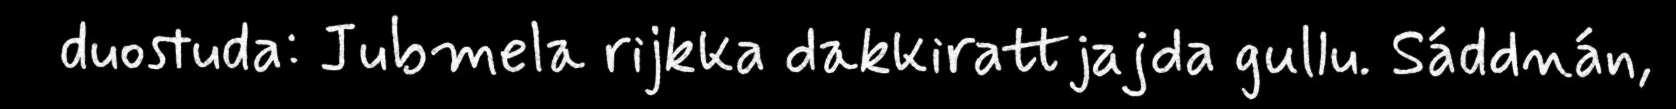
duostuda: Jubmela rijkka dakkirattjajda gullu. Sáddnán,